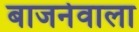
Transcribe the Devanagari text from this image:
बाजनेवाला